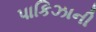
પાકિઝાની